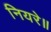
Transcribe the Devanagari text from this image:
नियरे॥